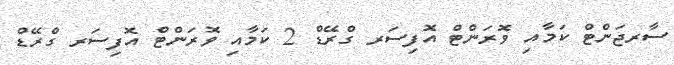
ސާރޖަންޓް ކަމާއި ވޮރަންޓް އޮފިސަރ ގްރޭޑް 2 ކަމާއި ވޮރަންޓް އޮފިސަރ ގްރޭޑް